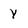
Character: Y